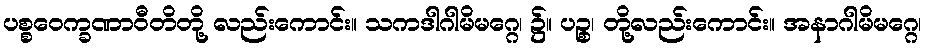
ပစ္စဝေက္ခဏာဝီတိတို့ လည်းကောင်း။ သကဒါဂါမိမဂ္ဂေ၊ ၌။ ပဉ္စ၊ တို့လည်းကောင်း။ အနာဂါမိမဂ္ဂေ၊